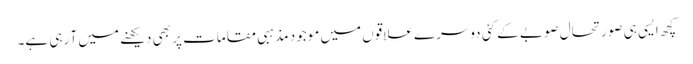
کچھ ایسی ہی صورتحال صوبے کے کئی دوسرے علاقوں میں موجود مذہبی مقامات پر بھی دیکھنے میں آ رہی ہے۔